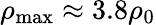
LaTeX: \rho_{\operatorname*{max}}\approx 3.8\rho_{0}